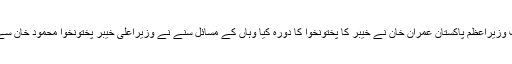
دوسری طرف وزیراعظم پاکستان عمران خان نے خیبر کا پختونخوا کا دورہ کیا وہاں کے مسائل سنے نے وزیراعلیٰ خیبر پختونخوا محمود خان سے ملاقات کی۔